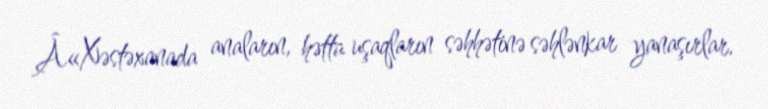
Â«Xəstəxanada anaların, hətta uşaqların səhhətinə səhlənkar yanaşırlar.